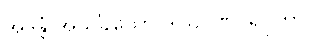
အဒန္တံ အသင်္ခိယော ဒါသိဂဏပရိဝုတာ